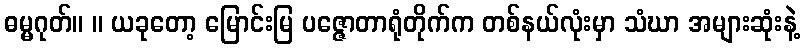
ဓမ္မဂုတ်။ ။ ယခုတော့ မြောင်းမြ ပဇ္ဇောတာရုံတိုက်က တစ်နယ်လုံးမှာ သံဃာ အများဆုံးနဲ့